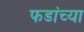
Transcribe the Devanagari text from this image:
फडांच्या